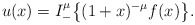
\begin{align*} u(x)=I_-^\mu \big\{(1+x)^{-\mu} f(x)\big\}. \end{align*}